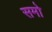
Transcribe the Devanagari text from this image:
समो